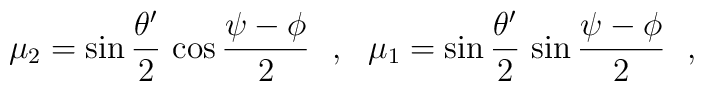
\mu_2 = \sin \frac{\theta'}{2}\, \cos \frac{\psi - \phi}{2}~~,~~\mu_1 = \sin \frac{\theta'}{2}\, \sin \frac{\psi - \phi}{2}~~,